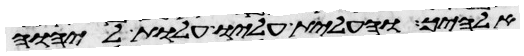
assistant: אלהיך והעלית עליו עלות ליהוה